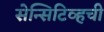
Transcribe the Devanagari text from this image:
सेन्सिटिव्हची